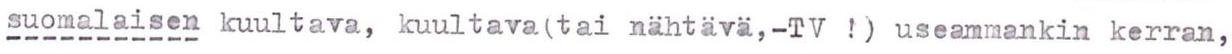
suomalaisen kuultava, kuultava(tai nähtävä,-TV !) useammankin kerran,